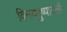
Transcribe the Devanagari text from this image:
विनयपुष्पावली